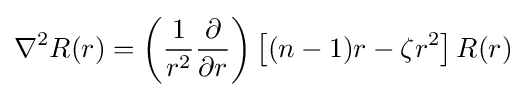
\nabla ^{2}R(r)=\left({1 \over r^{2}}{\partial  \over \partial r}\right)\left[(n-1)r-\zeta r^{2}\right]R(r)